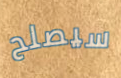
سيصلح